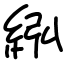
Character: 紭